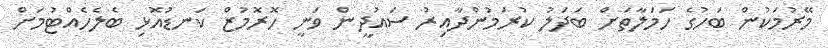
މޭރުމަކުން ބަހުގެ ހަމަލާތަށް ބަދަލު ކުރަމުންދާއިރު ސައުދީން ވަނީ ހޮރޮމުޒް ކަނޑުއޮޅި ބެލެހެއްޓުމަށް